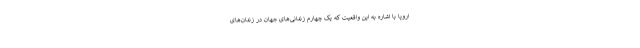
اروپا با اشاره به این واقعیت که یک چهارم زندانی‌های جهان در زندان‌های